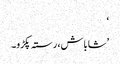
‘
’شاباش، رستہ پکڑو۔